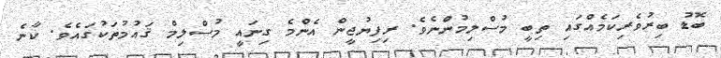
ބޮޑު ބިރުވެރިކަމެއްގައި ތިބީ މުސްލިމުންނެވެ. ރިފިޔުޖީން އެންމެ ގިނައީ މުސްލިމް ޤައުމުތަކުގައެވެ. ކާނެ